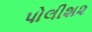
પોલીશ૨